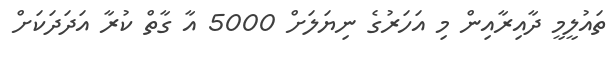
ތައުލީމީ ދާއިރާއިން މި އަހަރުގެ ނިޔަލަށް 5000 އާ ގާތް ކުރާ އަދަދަކަށް